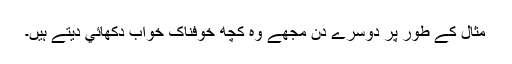
مثال کے طور پر دوسرے دن مجھے وہ کچھ خوفناک خواب دکھائي دیتے ہیں۔